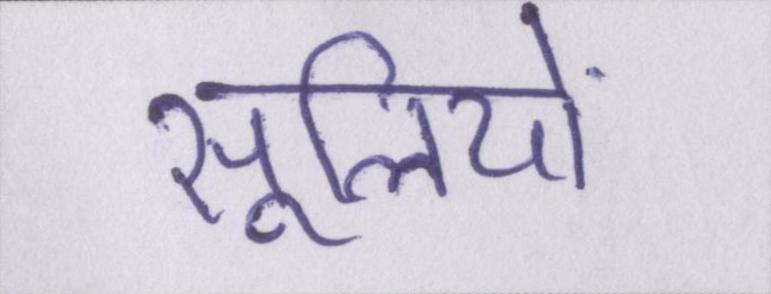
सूलियों